Indian journal of veterinary science and animal husbandry - Volume 12,
Year: 1942
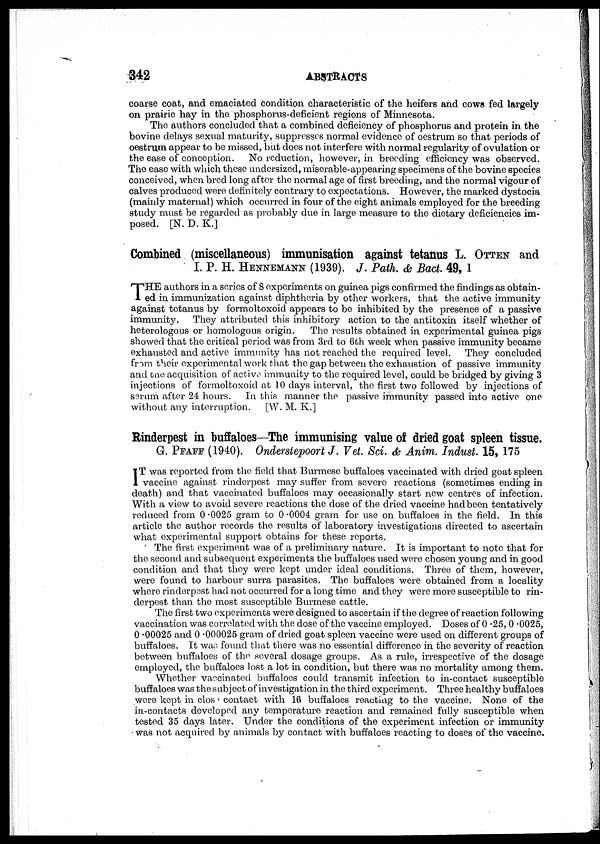
342
ABSTRACTS
coarse coat, and emaciated condition characteristic of the heifers and cows fed largely
on prairie hay in the phosphorus-deficient regions of Minnesota.
The authors concluded that a combined deficiency of phosphorus and protein in the
bovine delays sexual maturity, suppresses normal evidence of oestrum so that periods of
oestrum appear to be missed, but does not interfere with normal regularity of ovulation or
the ease of conception.
No reduction, however, in breeding efficiency was observed.
The ease with which these undersized, miserable-appearing specimens of the bovine species
conceived, when bred long after the normal age of first breeding, and the normal vigour of
calves produced were definitely contrary to expectations. However, the marked dystocia
(mainly maternal) which occurred in four of the eight animals employed for the breeding
study must be regarded as probably due in large measure to the dietary deficiencies im-
posed. [N. D. K.]
Combined (miscellaneous) immunisation against tetanus L. OTTEN and
I. P. H. HENNEMANN (1939). J. Path. & Bact. 49, 1
T HE authors in a series of 8 experiments on guinea pigs confirmed the findings as obtain-
ed in immunization against diphtheria by other workers, that the active immunity
against tetanus by formoltoxoid appears to be inhibited by the presence of a passive
immunity. They attributed this inhibitory action to the antitoxin itself whether of
heterologous or homologous origin.
The results obtained in experimental guinea pigs
showed that the critical period was from 3rd to 6th week when passive immunity became
exhausted and active immunity has not reached the required level. They concluded
from their experimental work that the gap between the exhaustion of passive immunity
and the acquisition of active immunity to the required level, could be bridged by giving 3
injections of formoltoxoid at 10 days interval, the first two followed by injections of
serum after 24 hours. In this manner the passive immunity passed into active one
without any interruption.
[W. M. K.]
Rinderpest in buffaloes—The immunising value of dried goat spleen tissue.
G. PFAFF (1940). Onderstepoort J. Vet. Sci. & Anim. Indust. 15, 175
I T was reported from the field that Burmese buffaloes vaccinated with dried goat spleen
vaccine against rinderpest may suffer from severe reactions (sometimes ending in
death) and that vaccinated buffaloes may occasionally start new centres of infection.
With a view to avoid severe reactions the dose of the dried vaccine had been tentatively
reduced from 0.0025 gram to 0.0004 gram for use on buffaloes in the field. In this
article the author records the results of laboratory investigations directed to ascertain
what experimental support obtains for these reports.
The first experiment was of a preliminary nature. It is important to note that for
the second and subsequent experiments the buffaloes used were chosen young and in good
condition and that they were kept under ideal conditions. Three of them, however,
were found to harbour surra parasites. The buffaloes were obtained from a locality
where rinderpest had not occurred for a long time and they were more susceptible to rin-
derpest than the most susceptible Burmese cattle.
The first two experiments were designed to ascertain if the degree of reaction following
vaccination was correlated with the dose of the vaccine employed. Doses of 0.25, 0.0025,
0.00025 and 0.000025 gram of dried goat spleen vaccine were used on different groups of
buffaloes. It was found that there was no essential difference in the severity of reaction
between buffaloes of the several dosage groups. As a rule, irrespective of the dosage
employed, the buffaloes lost a lot in condition, but there was no mortality among them.
Whether vaccinated buffaloes could transmit infection to in-contact susceptible
buffaloes was the subject of investigation in the third experiment. Three healthy buffaloes
were kept in close contact with 16 buffaloes reacting to the vaccine. None of the
in-contacts developed any temperature reaction and remained fully susceptible when
tested 35 days later. Under the conditions of the experiment infection or immunity
was not acquired by animals by contact with buffaloes reacting to doses of the vaccine.